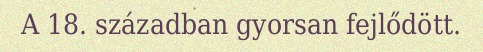
A 18. században gyorsan fejlődött.